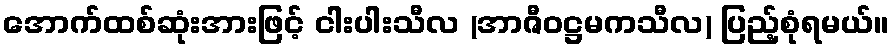
အောက်ထစ်ဆုံးအားဖြင့် ငါးပါးသီလ (အာဇီဝဋ္ဌမကသီလ) ပြည့်စုံရမယ်။